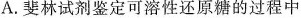
A.斐林试剂鉴定可溶性还原糖的过程中